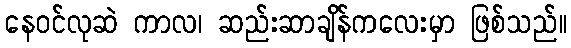
နေဝင်လုဆဲ ကာလ၊ ဆည်းဆာချိန်ကလေးမှာ ဖြစ်သည်။